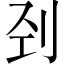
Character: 刭